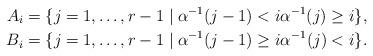
LaTeX: \begin{align*} A_i & = \{ j = 1, \dotsc, r-1 \mid \alpha^{-1} (j-1) < i \alpha^{-1} (j) \geq i \} , \\ B_i & = \{ j = 1, \dotsc, r-1 \mid \alpha^{-1} (j-1) \geq i \alpha^{-1} (j) < i \} . \end{align*}